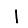
Digit: 1